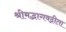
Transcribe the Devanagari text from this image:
श्रीमद्भागवद्गीता